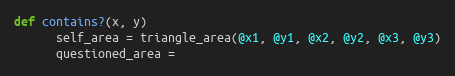
Language: Ruby
def contains?(x, y)
      self_area = triangle_area(@x1, @y1, @x2, @y2, @x3, @y3)
      questioned_area =